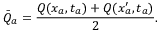
\bar { Q } _ { a } = \frac { Q ( x _ { a } , t _ { a } ) + Q ( x _ { a } ^ { \prime } , t _ { a } ) } { 2 } .